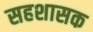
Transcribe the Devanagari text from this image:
सहशासक